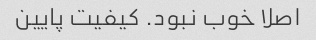
اصلا خوب نبود. کیفیت پایین